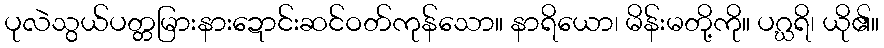
ပုလဲသွယ်ပတ္တမြားနားဍောင်းဆင်ဝတ်ကုန်သော။ နာရိယော၊ မိန်းမတို့ကို။ ပဂ္ဃရိ၊ ယို၏။